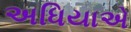
અધિયાએ